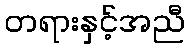
တရားနှင့်အညီ